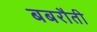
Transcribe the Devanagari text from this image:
बबरौती